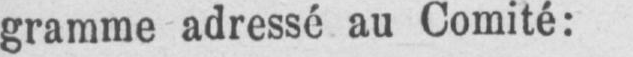
gramme adressé au Comité: